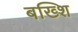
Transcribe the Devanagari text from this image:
बख्शि